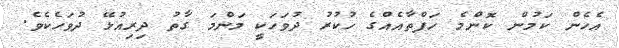
އެހެން ކަމުން ކޮންމެ ހަފްތާއެއްގެ ހުކުރު ދުވަހަކީ މަންމަ ގާތު ދިރިއުޅޭ ދުވަހެކެވެ.